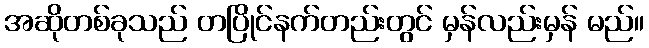
အဆိုတစ်ခုသည် တပြိုင်နက်တည်းတွင် မှန်လည်းမှန် မည်။